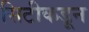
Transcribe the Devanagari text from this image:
सिटीकडून